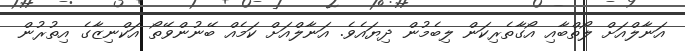
އަނާލްއަށް ލޯތްބާއި އޯގާތެރިކަން ލިބެމުން ދިޔައެވެ. އަނާލްއަށް ކަމެއް ބޭނުންވޭތޯ އަކްނިޒާގެ އިތުރުން